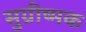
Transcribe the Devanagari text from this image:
सुग्रीष्मक